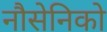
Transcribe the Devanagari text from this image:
नौसेनिको